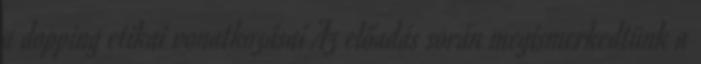
a dopping etikai vonatkozásai Az előadás során megismerkedtünk a